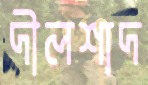
দীলশাদ